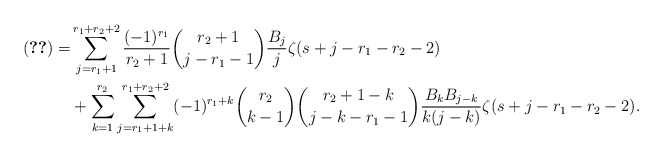
\begin{align*}\eqref{equ:Z3r1r203}=&\sum_{j=r_1+1}^{r_1+r_2+2}\frac{(-1)^{r_1}}{r_2+1}\binom{r_2+1}{j-r_1-1}\frac{B_j}{j}\zeta(s+j-r_1-r_2-2) \\&+\sum_{k=1}^{r_2}\sum_{j=r_1+1+k}^{r_1+r_2+2}(-1)^{r_1+k}\binom{r_2}{k-1}\binom{r_2+1-k}{j-k-r_1-1}\frac{B_kB_{j-k}}{k(j-k)}\zeta(s+j-r_1-r_2-2).\end{align*}